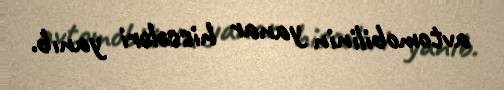
avtomobilinin yanar hissələri yanıb.